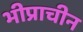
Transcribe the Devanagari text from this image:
भीप्राचीन